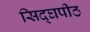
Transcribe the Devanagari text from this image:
सिद्घपीठ